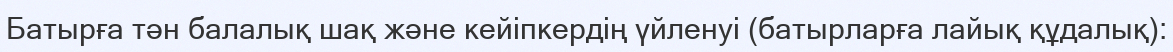
Батырға тән балалық шақ және кейіпкердің үйленуі (батырларға лайық құдалық):